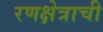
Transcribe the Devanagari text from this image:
रणक्षेत्राची